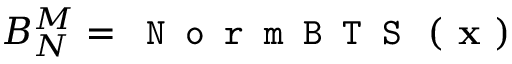
B _ { N } ^ { M } = \texttt { N o r m B T S } \left( \textbf { x } \right)